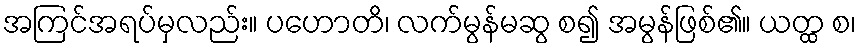
အကြင်အရပ်မှလည်း။ ပဟောတိ၊ လက်မွန်မဆွ စ၍ အမွန်ဖြစ်၏။ ယတ္ထ စ၊